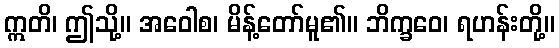
ဣတိ၊ ဤသို့။ အဝေါစ၊ မိန့်တော်မူ၏။ ဘိက္ခဝေ၊ ရဟန်းတို့။